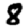
Digit: 8